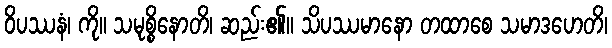
ဝိပဿနံ၊ ကို။ သမုစ္စိနောတိ၊ ဆည်း၏။ သိပဿမာနော တထာစေ သမာဒဟေတိ၊